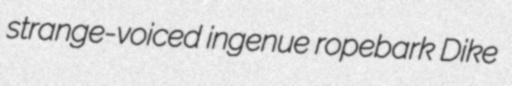
strange-voiced ingenue ropebark Dike